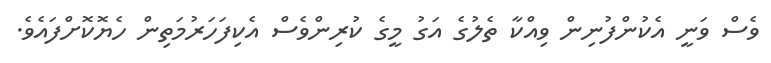
ވެސް ވަނީ އެކުންފުނިން ވިއްކާ ތެލުގެ އަގު މީގެ ކުރިންވެސް އެކިފަހަރުމަތިން ހެޔޮކޮށްފައެވެ.